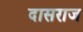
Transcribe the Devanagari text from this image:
दासराज